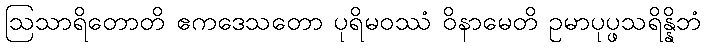
ဩသာရိတောတိ ဧကဒေသတော ပုရိမဝဿံ ဝိနာမေတိ ဥမာပုပ္ဖသရိန္နိဘံ